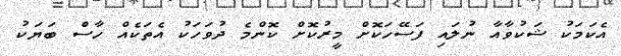
އެކަމަކު ޝަކުވާއާ ނުލައި ފަސޭހަކޮށް މީރުކޮށް ކޮންމެ ދުވަހަކު އެތަކެއް ހާސް ބަޔަކު